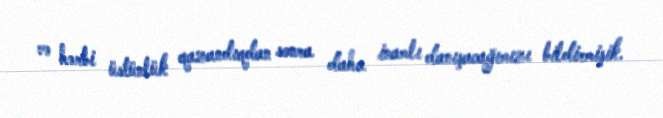
və hərbi üstünlük qazandıqdan sonra daha inamlı danışacağımızı bildirmişik.